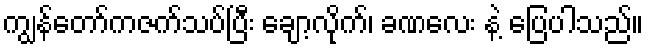
ကျွန်တော်ကဇက်သပ်ပြီး ချော့လိုက်၊ ခဏလေး နဲ့ ပြေပါသည်။